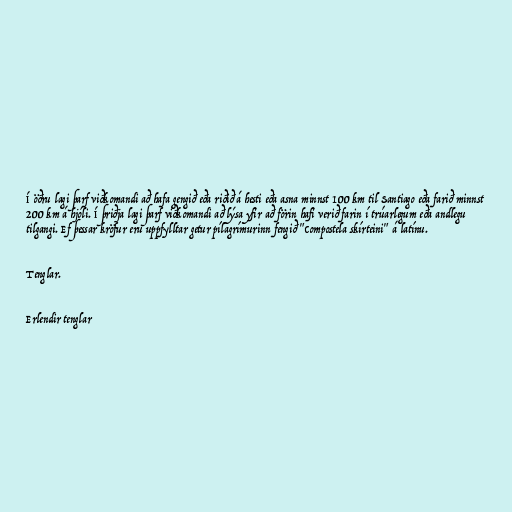
Í öðru lagi þarf viðkomandi að hafa gengið eða riðið á hesti eða asna minnst 100 km til Santiago eða farið minnst
200 km á hjóli. Í þriðja lagi þarf viðkomandi að lýsa yfir að förin hafi verið farin í trúarlegum eða andlegu
tilgangi. Ef þessar kröfur eru uppfylltar getur pílagrímurinn fengið "Compostela skírteini" á latínu.

Tenglar.

Erlendir tenglar